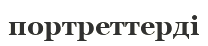
портреттерді